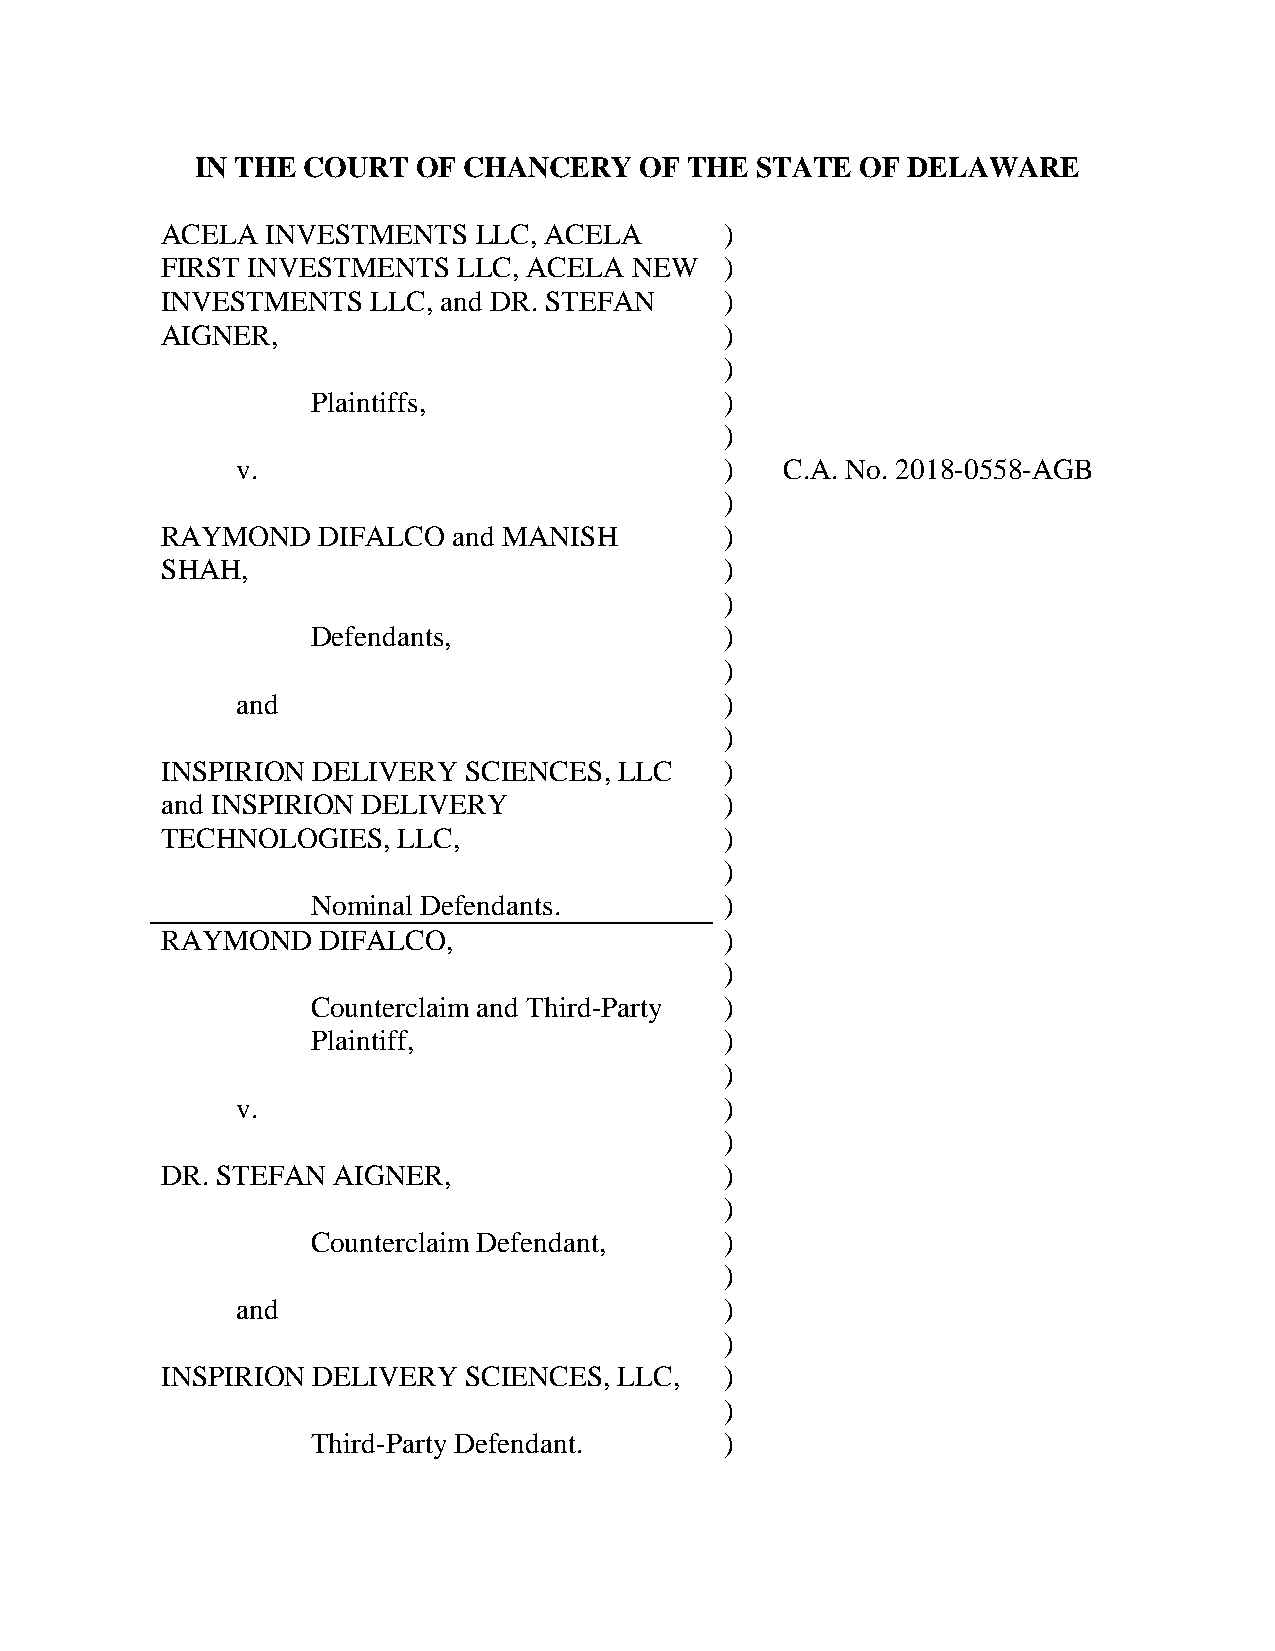
IN THE COURT   OF CHANCERY   OF  THE STATE  OF DELAWARE
 ACELA  INVESTMENTS  LLC, ACELA       )
 FIRST INVESTMENTS  LLC, ACELA  NEW   )
 INVESTMENTS   LLC, and DR. STEFAN    )
 AIGNER,                              )
 )
 Plaintiffs,                )
 )
 v.                              )   C.A. No. 2018-0558-AGB
 )
 RAYMOND   DIFALCO  and MANISH        )
 SHAH,                                )
 )
 Defendants,                )
 )
 and                             )
 )
 INSPIRION DELIVERY  SCIENCES, LLC    )
 and INSPIRION DELIVERY               )
 TECHNOLOGIES,  LLC,                  )
 )
 Nominal Defendants.        )
 RAYMOND   DIFALCO,                   )
 )
 Counterclaim and Third-Party )
 Plaintiff,                 )
 )
 v.                              )
 )
 DR. STEFAN AIGNER,                   )
 )
 Counterclaim Defendant,    )
 )
 and                             )
 )
 INSPIRION DELIVERY  SCIENCES, LLC,   )
 )
 Third-Party Defendant.     )